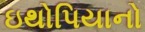
ઇથોપિયાનો